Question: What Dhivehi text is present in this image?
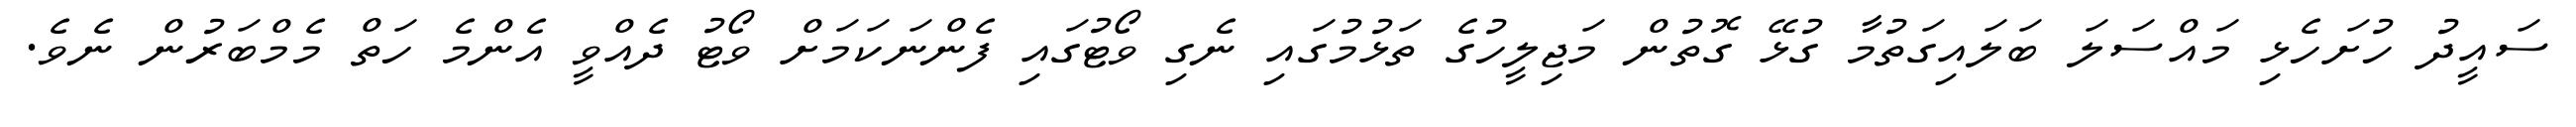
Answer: ސައީދު ހުށަހެޅި މައްސަލަ ބަލައިގަތުމާ ގުޅޭ ގޮތުން މަޖިލީހުގެ ތަޅުމުގައި ނެގި ވޯޓުގައި ފެންނަކަމަށް ވޯޓު ދެއްވީ އެންމެ ހަތް މެމްބަރުން ނެވެ.